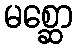
မစ္ဆော